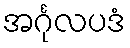
အင်္ဂုလပဒံ